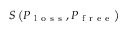
S \left( P _ { \mathrm { ~ l ~ o ~ s ~ s ~ } } , P _ { \mathrm { ~ f ~ r ~ e ~ e ~ } } \right)